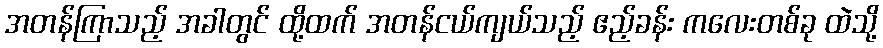
အတန်ကြာသည့် အခါတွင် ထို့ထက် အတန်ငယ်ကျယ်သည့် ဧည့်ခန်း ကလေးတစ်ခု ထဲသို့